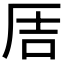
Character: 𪠅